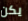
يكن